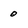
Character: 0